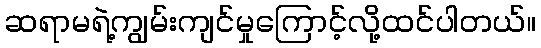
ဆရာမရဲ့ကျွမ်းကျင်မှုကြောင့်လို့ထင်ပါတယ်။